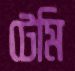
টেমি